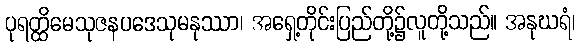
ပုရတ္ထိမေသုဇနပဒေသုမနုဿာ၊ အရှေ့တိုင်းပြည်တို့၌လူတို့သည်။ အနုဃရံ၊